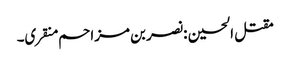
مقتل الحسین :نصر بن مزاحم منقری۔